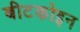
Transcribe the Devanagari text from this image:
बीटकोइन